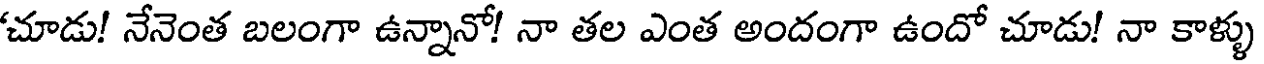
చూడు! నేనెంత బలంగా ఉన్నానో! నా తల ఎంత అందంగా ఉందో చూడు! నా కాళ్ళు